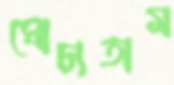
ঘোচাতাম